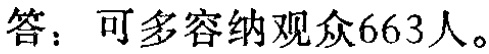
答：可多容纳观众663人。